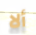
ألا